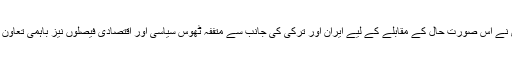
آیت اللہ العظمی سید علی خامنہ ای نے اس صورت حال کے مقابلے کے لیے ایران اور ترکی کی جانب سے متففہ ٹھوس سیاسی اور اقتصادی فیصلوں نیز باہمی تعاون و ہم آہنگی کو انتہا ئی اہم قرار دیا۔